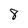
Character: 8